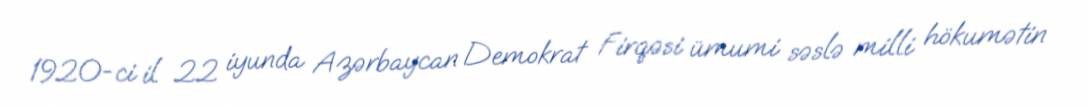
1920-ci il 22 iyunda Azərbaycan Demokrat Firqəsi ümumi səslə milli hökumətin